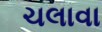
ચલાવા